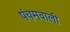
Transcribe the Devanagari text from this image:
पंचमवाली